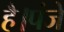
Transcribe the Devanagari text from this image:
है।पंजे